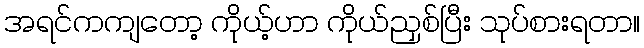
အရင်ကကျတော့ ကိုယ့်ဟာ ကိုယ်ညှစ်ပြီး သုပ်စားရတာ။